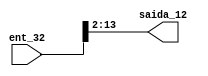
module separador7
(ent_32,saida_12);
input [31:0] ent_32;
output wire [11:0] saida_12;
assign saida_12 = ent_32[13:2];
endmodule